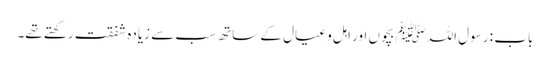
باب : رسول اللہﷺ بچوں اور اہل و عیال کے ساتھ سب سے زیادہ شفقت رکھتے تھے۔